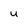
Character: U